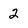
Character: 2